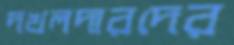
দখলদারদের